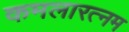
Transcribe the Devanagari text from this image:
कमलारत्नम